Medical and sanitary report of the native army of Bengal for the year
Year: 1875
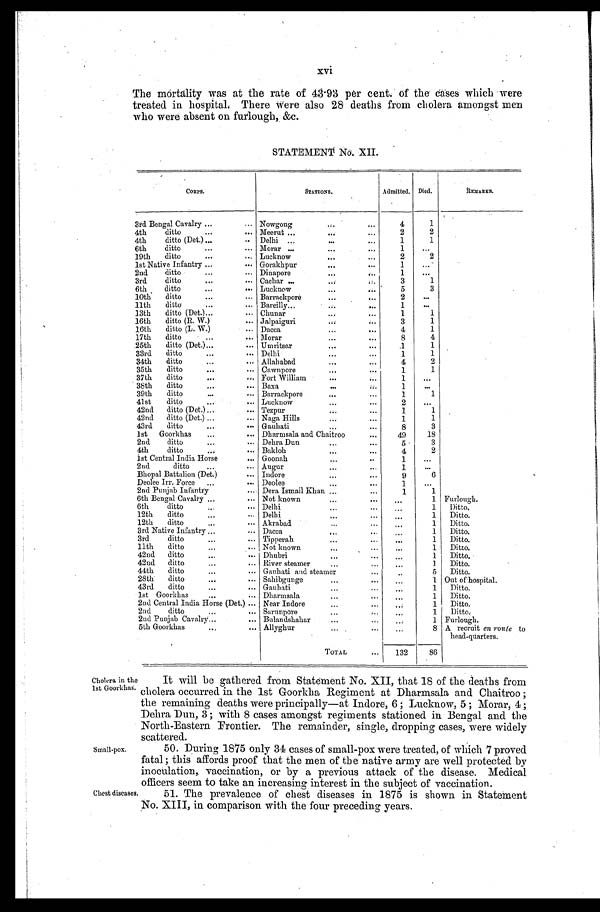
xvi
The mortality was at the rate of 43.93 per cent of the eases which were
treated in hospital. There Were also 28 deaths from cholera amongst men
who were absent on furlough, &c.
STATEMENT No. XII.
CORPS.
STATIONS.
Admitted. Died.
REMARKS.
4
1
3rd Bengal Cavalry . . .
Nowgong . . .
4 t h d i t t o . . .
Meerut . . .
2
2
4th ditto (Det.) . . .
Delhi . . .
1
1
6th ditto . . .
Morar . . .
1
. . .
19th ditto . . .
Lucknow . . .
2
2
1st Native Infantry . . .
Gorakhpur . . .
1
. . .
2nd ditto . . .
Dinapore . . .
1
. . .
3 r d d i t t o . . .
Cachar . . .
3
1
6th ditto. . .
L u c k n o w . . . 5
3
1 0 t h d i t t o . . .
Barrackpore . . .
2
. . .
11th ditto . . .
Bareilly . . .
1
. . .
13th ditto (Det.) . . .
Chunar . . .
1
1
16th ditto (R. W.) . . .
Jalpaiguri . . .
3
1
16th ditto (L. W. ) . . .
Dacca . . .
4
1
17th ditto . . .
Morar . . .
8
4
25th ditto (Det.) . . .
Umritsar . . .
1
1
33rd ditto . . .
Delhi . . .
1
1
34th ditto . . .
Allahabad . . .
4
2
35th ditto . . .
Cawnpore . . .
1
1
37th ditto . . .
Fort William . . .
1
. . .
38th ditto . . .
Baxa . . .
1
. . .
39th ditto . . .
Barrackpore . . .
1
1
41st ditto . . .
Lucknow . . .
2
. . .
42nd ditto (Det.) . . .
Tezpur . . .
1
1
42nd ditto (Det.) . . .
Naga Hills . . .
1
1
43rd ditto . . .
Gauhati . . .
8
3
1st Goorkhas . . .
Dharmsala and Chaitroo . . .
49
18
2nd ditto . . .
Debra Dun . . .
5
3
4th ditto . . .
Bakloh . . .
4
2
1st Central India Horse . . .
Goonah . . .
1
. . .
2nd ditto . . .
Augur . . .
1
. . .
Bhopal Battalion (Det.) . . .
Indore . . .
9
6
Deolee Irr. Force . . .
Deolee . . .
1
. . .
2nd Punjab Infantry . . .
Dora Ismail Khan . . .
1
1
6th Bengal Cavalry . . .
Not known . . .
. . .
1 Furlough.
6th ditto . . .
Delhi . . .
. . .
1
Ditto.
12th ditto . . .
Delhi . . .
. . .
1
Ditto.
12th ditto . . .
Akrabad . . .
. . .
1
Ditto.
3rd Native Infantry . . .
Dacca . . .
. . .
1
Ditto.
3rd ditto . . .
Tipperah . . .
. . .
1
Ditto.
11th ditto . . .
Not known . . .
. . .
1
Ditto.
42nd ditto . . .
Dhubri . . .
. . .
1
Ditto.
42nd ditto . . .
River steamer . . .
. . .
1
Ditto.
44th ditto . . .
Gauhati and steamer . . .
. . .
5
Ditto.
28th ditto . . .
Sahibgunge . . .
. . .
1 Out of hospital.
43rd ditto . . .
Gauhati . . .
. . .
1
Ditto.
1st Goorkhas . . .
Dharmsala . . .
. . .
1
Ditto.
2nd Central India Horse (Det.) . . . Near Indore . . .
. . .
1
Ditto.
2nd ditto . . .
Sarunpore . . .
. . .
1
Ditto.
2nd Punjab Cavalry . . .
Bulandshahar . . .
. . .
1 Furlough.
5th Goorkhas . . .
Allyghur . . .
. . .
8 A recruit en route to
head-quarters.
TOTAL . . .
132
86
Cholera in the
1st Goorkhas.
Small-pox.
It will be gathered from Statement No. XII, that 18 of the deaths from
cholera occurred in the 1st Goorkha Regiment at Dharmsala and Chaitroo ;
the remaining deaths were principally—at Indore, 6 ; Lucknow, 5 ; Morar, 4 ;
Debra Dun, 3; with 8 cases amongst regiments stationed in Bengal and the
North-Eastern Frontier. The remainder, single, dropping cases, were widely
scattered.
50. During 1875 only 34 cases of small-pox were treated, of which 7 proved
fatal; this affords proof that the men of the native army are well protected by
inoculation, vaccination, or by a previous attack of the disease. Medical
officers seem to take an increasing interest in the subject of vaccination.
Chest diseases.
51. The prevalence of chest diseases in 1875 is shown in Statement
No. XIII, in comparison with the four preceding years,